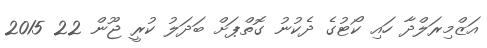
އަޒްމިރަލްދާ ހައި ކޯޓުގެ ދެކުނު ގޮތްޕަށް ބަދަލު ކުރީ ޖޫން 22 2015